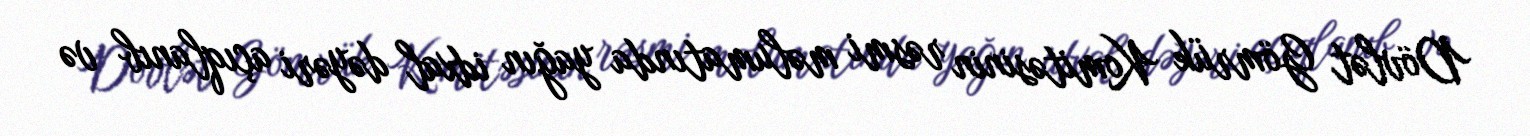
Dövlət Gömrük Komitəsinin rəsmi məlumatında yağın idxal dəyəri açıqlanıb və